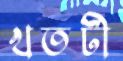
খতটী